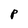
Character: P